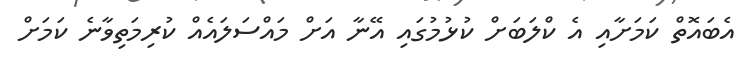
އެބައޮތް ކަމަށާއި އެ ކްލަބަށް ކުޅުމުގައި އޭނާ އަށް މައްސަަލައެއް ކުރިމަތިވާނެ ކަމަށް